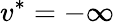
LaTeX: v^{*}=-\infty